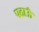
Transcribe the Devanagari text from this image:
पठाऊँ